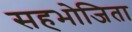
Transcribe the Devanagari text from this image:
सहभोजिता